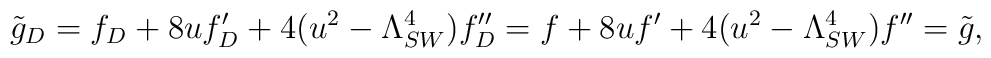
\tilde g_D=f_D+8uf_D'+4(u^2-\Lambda_{SW}^4)f_D''=f+8uf'+4(u^2-\Lambda_{SW}^4)f''=\tilde g,